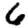
Digit: 6